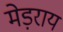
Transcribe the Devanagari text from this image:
मेड़राय